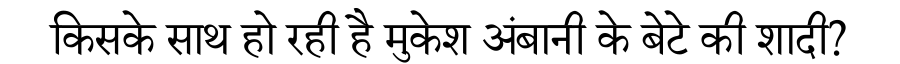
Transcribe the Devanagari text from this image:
किसके साथ हो रही है मुकेश अंबानी के बेटे की शादी?